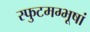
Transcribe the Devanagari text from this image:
स्फुटमग्भूषां